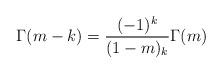
LaTeX: \begin{align*}\Gamma(m-k)=\frac{(-1)^{k}}{(1-m)_{k}}\Gamma(m)\end{align*}